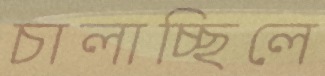
চালাচ্ছিলে